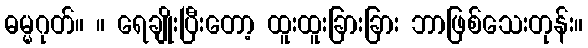
ဓမ္မဂုတ်။ ။ ရေချိုးပြီးတော့ ထူးထူးခြားခြား ဘာဖြစ်သေးတုန်း။